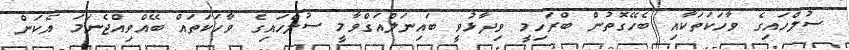
ސުލްހައިގެ ވާހަކަތަކާއި ބެހޭގޮތުން ބްރަހިމީ ވިދާޅުވީ ބައިނަލްއަގްވާމީ ސުލްހައިގެ ވާހަކަތައް ބޭއްވިއްޖެނަމަ އެކަން